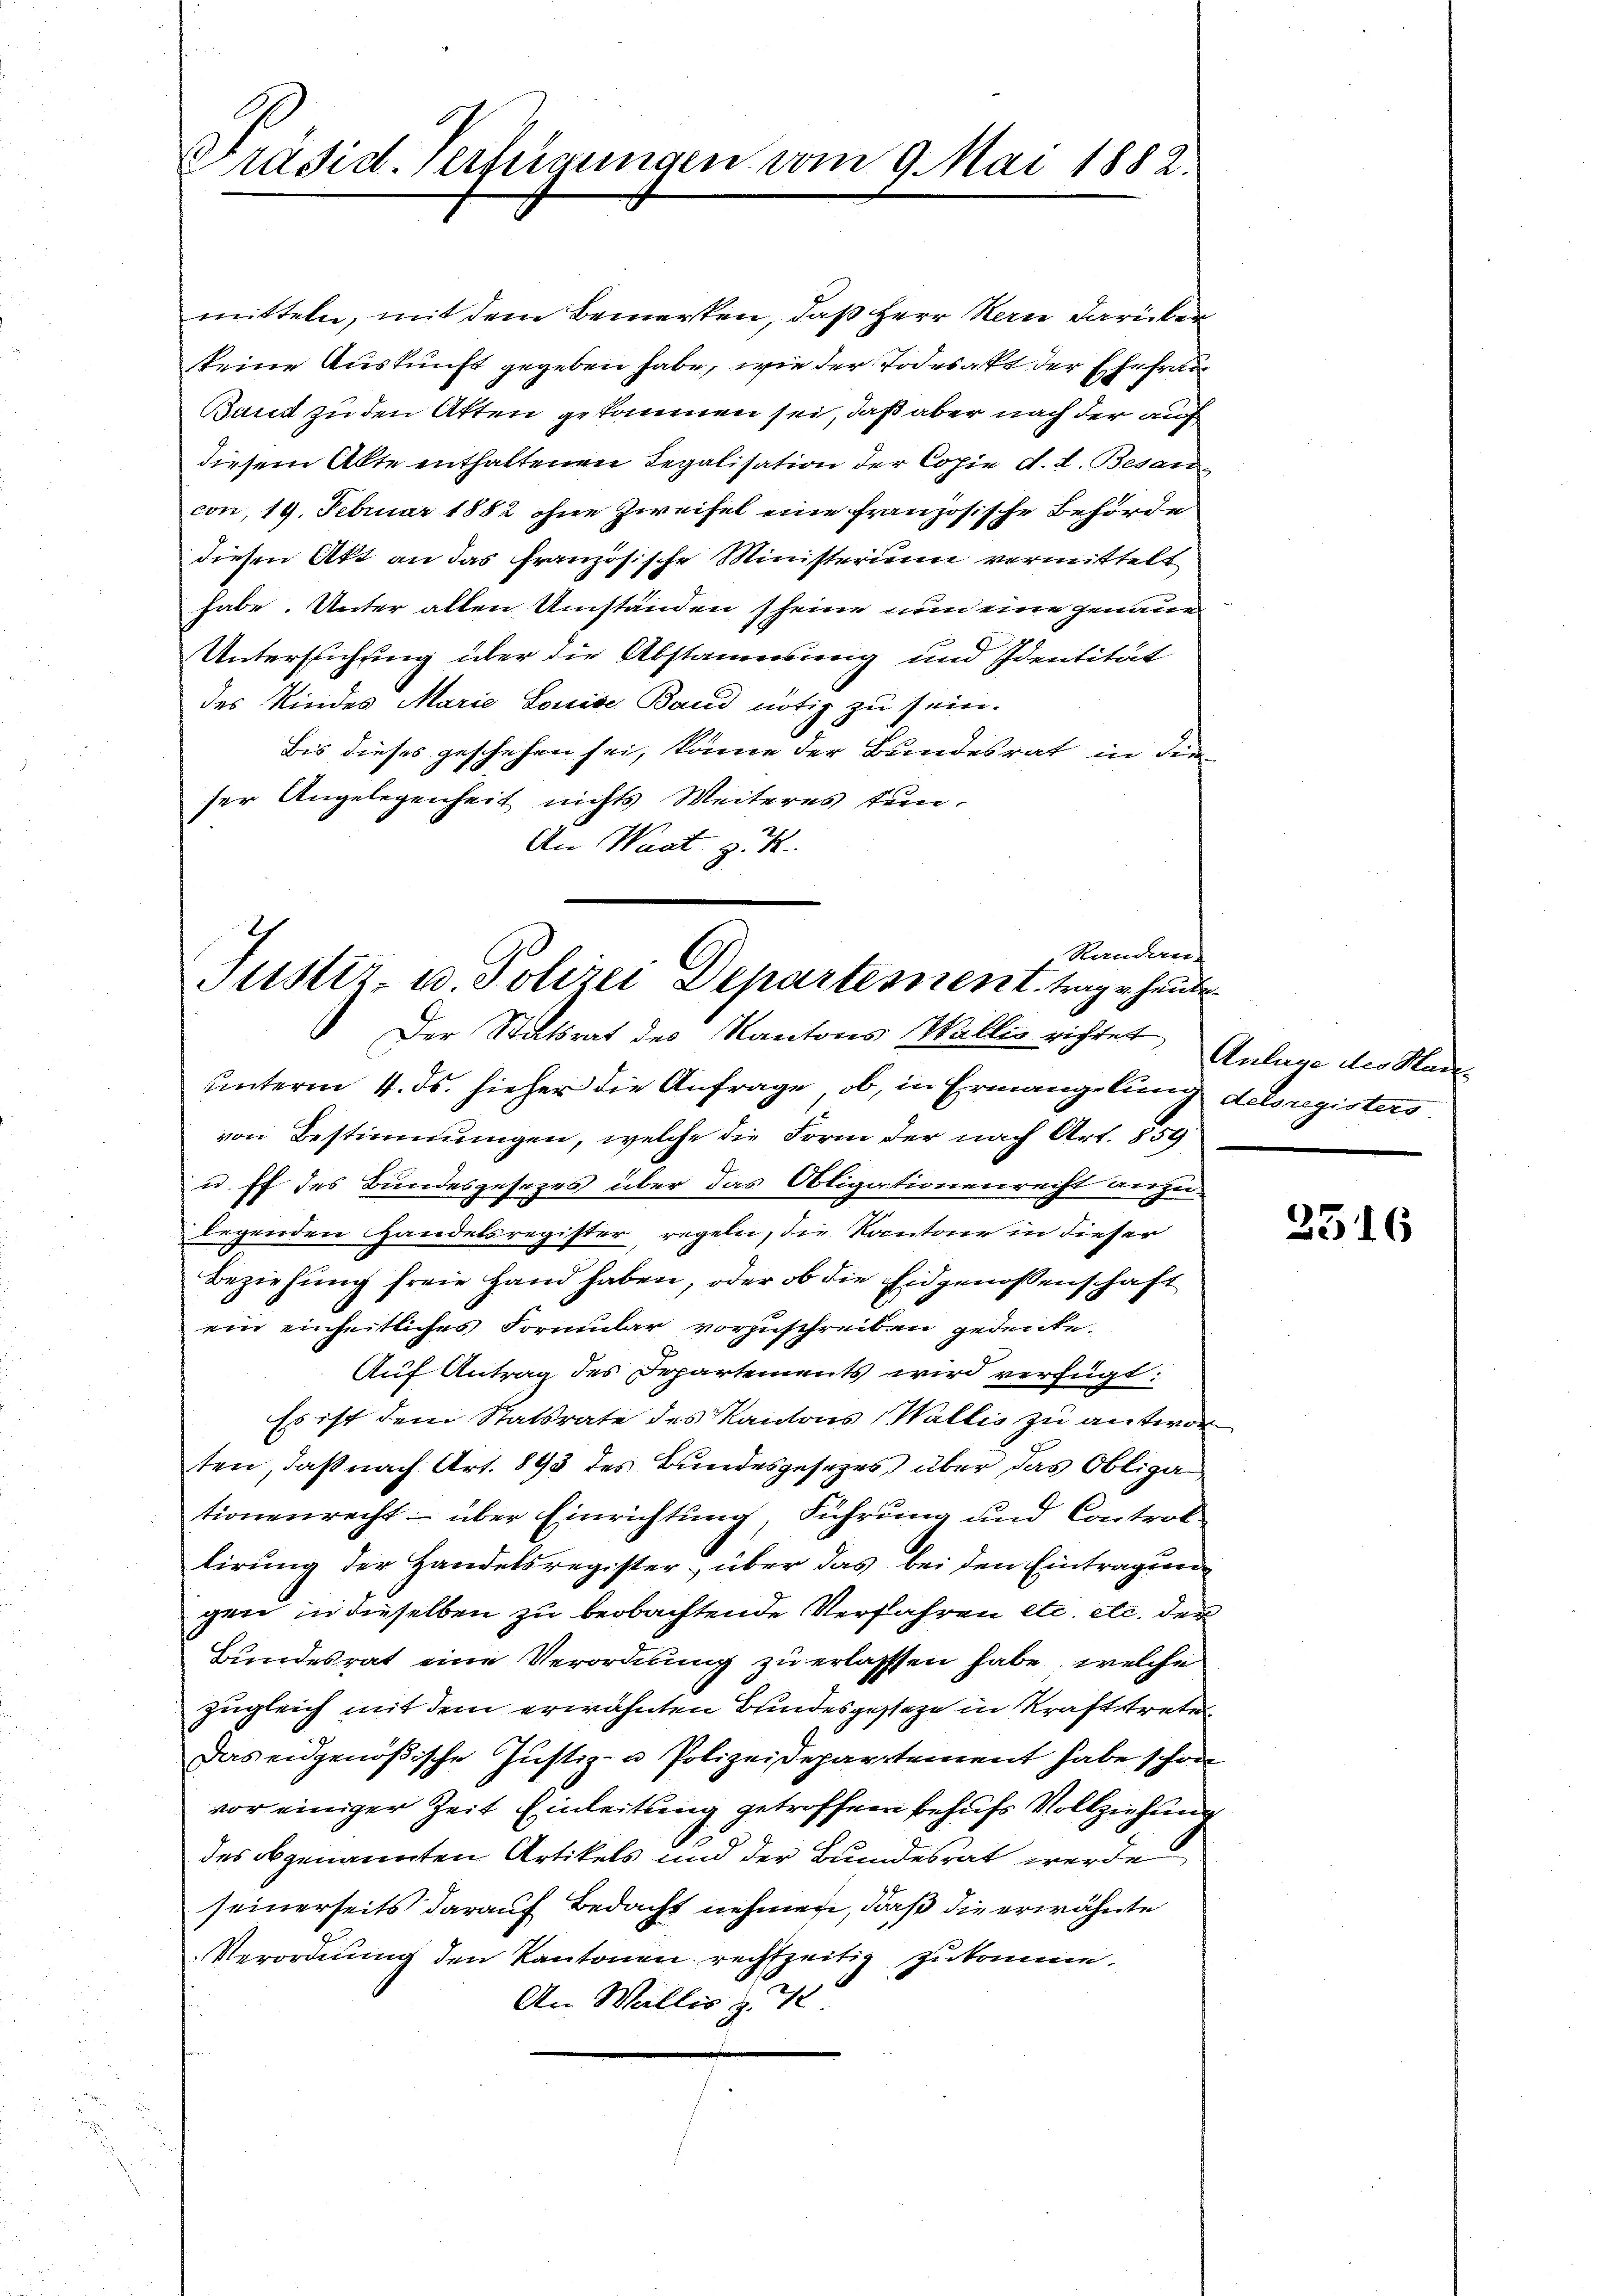
Präsid. Verfügungen vom 9. Mai 1882.

Der Statsrat des Kantons Wallis richtet Anlage des Kade

mitteln, mit dem Bemerken, daß Herr Stern darüberkeine Auskunft gegeben habe, wie der Todesakt der Ehefrau
Baret zu den Atten gekommen sei, daß aber nach der auf
diesem Akte enthaltenen Legalisation der Copie d. d. Besancon, 19. Februar 1882 ohne Zweifel eine französische Behörde
diesen Akt an das französische Ministerium vermittelt
habe. Unter allen Umständen scheine nun eine genaue
Untersuchung über die Abstammung und Identität
des Kindes Marie Louise Band nötig zu sein.
Bis dieses geschehen sei, könne der Bundesrat in die
ser Angelegenheit nichts Weiteres tun.
An Waat zu
Randen
Justiz- u. Polizei Departement trage heute

unterm 4. ds. hieher die Anfrage, ob, in Ermangelung dessregisters
von Bestimmungen, welche die Form der nach Art. 559
u. ff des Bundesgesezes über das Obligationenrecht anzu-
legenden Handelsregister, regeln, die Kantone in dieser
Beziehung freie Hand haben, oder ob die Eidgenossenschaft
ein einheitliches Formular vorzuschreiben gedenke.
Auf Antrag des Departements wird verfügt:
Es ist dem Statsrate des Kantons Wallis zu antwor
ten, daß nach Art. 893 des Bundesgesetzes über das Obliga
tionenrecht – über Einrichtung, Führung und Controllirung der Handelsregister, über das bei den Eintragungen in dieselben zu beobachtende Verfahren etc. etc. der
Bundesrat eine Verordnung zu erlassen habe, welche
zugleich mit dem erwähnten Bundesgestehe in Krafttrete
Das eidgenößische Justiz- u Polizeidepartement habe schon
vor einiger Zeit Einleitung getroffen behufs Vollziehung
des obgenannten Artikels und der Bundesrat werde
seinerseits darauf Bedacht nehmen, daß die erwähnte
Verordnung den Kantonen rechtzeitig zukomme.
An Wallis z. 42

2316